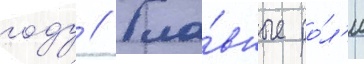
году // Гла́вные ро́л'и